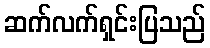
ဆက်လက်ရှင်းပြသည်